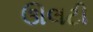
ઊલટી